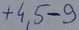
Text: +4,5-9